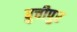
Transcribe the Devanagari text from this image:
बुचीपुर